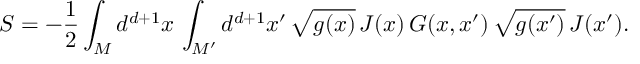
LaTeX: S = - \frac { 1 } { 2 } \int _ { M } d ^ { d + 1 } x \, \int _ { M ^ { \prime } } d ^ { d + 1 } x ^ { \prime } \, \sqrt { g ( x ) } \, J ( x ) \, G ( x , x ^ { \prime } ) \, \sqrt { g ( x ^ { \prime } ) } \, J ( x ^ { \prime } ) .